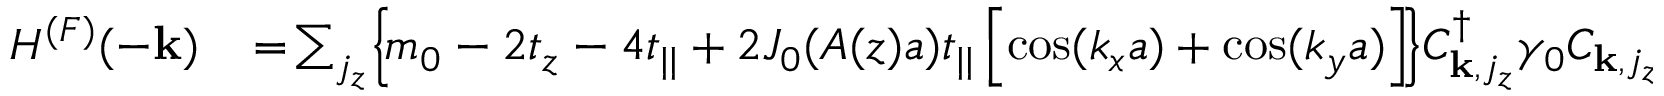
\begin{array} { r l } { H ^ { ( F ) } ( - { \bf k } ) } & { { } \! = \! \sum _ { j _ { z } } \! \left\{ \! m _ { 0 } - 2 t _ { z } - 4 t _ { | | } + 2 { \cal J } _ { 0 } ( A ( z ) a ) t _ { | | } \left[ \cos ( k _ { x } a ) + \cos ( k _ { y } a ) \right] \! \right\} \! C _ { { \bf k } , j _ { z } } ^ { \dagger } \gamma _ { 0 } C _ { { \bf k } , j _ { z } } } \end{array}